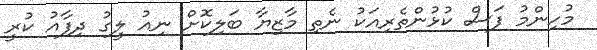
މުހިންމު ފަސް ކުޅުންތެރިއަކު ނެތި މާޒިޔާ ބަލިކޮށް ނިއު ލީގު ދިފާއު ކުރީ